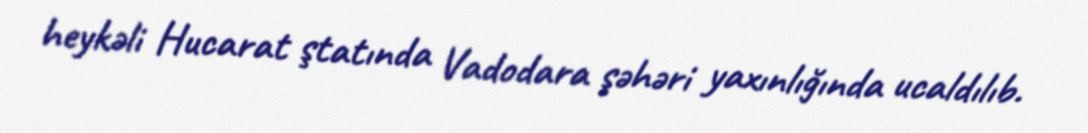
heykəli Hucarat ştatında Vadodara şəhəri yaxınlığında ucaldılıb.